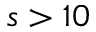
s > 1 0